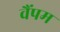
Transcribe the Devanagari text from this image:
वैंपम